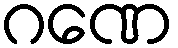
ဂဏေ